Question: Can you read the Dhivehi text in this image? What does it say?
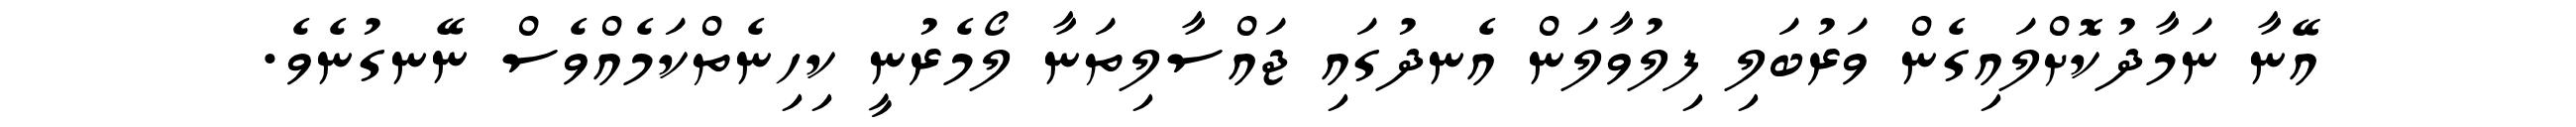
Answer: އޭނާ ނަމާދުކޮށްލައިގެން ވަރުބަލި ފިލުވާލަން އެނދުގައި ޖައްސާލިތަނާ ލޯމެރުނީ ކިހިނެތްކަމެއްވެސް ނޭނގުނެވެ.